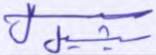
سيشيل